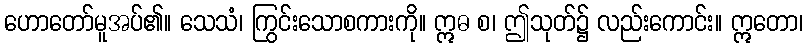
ဟောတော်မူအပ်၏။ သေသံ၊ ကြွင်းသောစကားကို။ ဣဓ စ၊ ဤသုတ်၌ လည်းကောင်း။ ဣတော၊